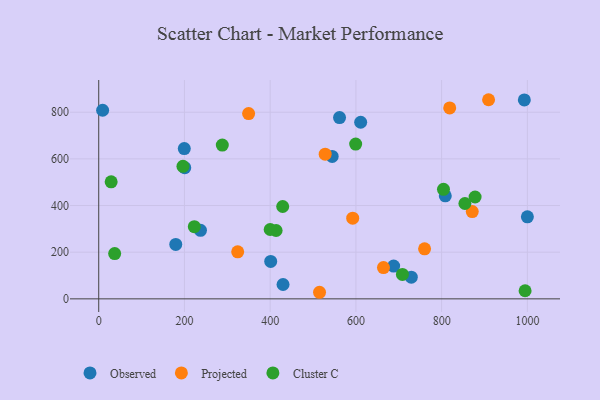
{"axis": {"x": "Engine Size", "y": "Profit"}, "legend": ["Cluster C", "Observed", "Projected"], "data": [{"x": "611.1", "y": 757.0, "type": "Observed"}, {"x": "992.9", "y": 852.9, "type": "Observed"}, {"x": "401.2", "y": 160.3, "type": "Observed"}, {"x": "179.7", "y": 233.4, "type": "Observed"}, {"x": "199.6", "y": 644.0, "type": "Observed"}, {"x": "808.5", "y": 441.7, "type": "Observed"}, {"x": "729.2", "y": 92.9, "type": "Observed"}, {"x": "544.6", "y": 610.4, "type": "Observed"}, {"x": "200.7", "y": 562.4, "type": "Observed"}, {"x": "688.0", "y": 140.5, "type": "Observed"}, {"x": "1000.0", "y": 351.8, "type": "Observed"}, {"x": "430.0", "y": 61.6, "type": "Observed"}, {"x": "9.1", "y": 808.4, "type": "Observed"}, {"x": "561.8", "y": 776.9, "type": "Observed"}, {"x": "237.4", "y": 293.7, "type": "Observed"}, {"x": "871.4", "y": 374.1, "type": "Projected"}, {"x": "528.3", "y": 620.1, "type": "Projected"}, {"x": "664.3", "y": 134.1, "type": "Projected"}, {"x": "324.2", "y": 201.7, "type": "Projected"}, {"x": "760.2", "y": 214.5, "type": "Projected"}, {"x": "818.8", "y": 818.3, "type": "Projected"}, {"x": "592.5", "y": 346.0, "type": "Projected"}, {"x": "909.5", "y": 853.6, "type": "Projected"}, {"x": "349.7", "y": 794.3, "type": "Projected"}, {"x": "515.1", "y": 28.2, "type": "Projected"}, {"x": "878.0", "y": 436.6, "type": "Cluster C"}, {"x": "37.2", "y": 194.0, "type": "Cluster C"}, {"x": "599.4", "y": 663.4, "type": "Cluster C"}, {"x": "288.3", "y": 659.2, "type": "Cluster C"}, {"x": "994.7", "y": 34.7, "type": "Cluster C"}, {"x": "29.0", "y": 501.8, "type": "Cluster C"}, {"x": "223.0", "y": 309.2, "type": "Cluster C"}, {"x": "804.3", "y": 469.6, "type": "Cluster C"}, {"x": "413.8", "y": 293.1, "type": "Cluster C"}, {"x": "708.5", "y": 104.8, "type": "Cluster C"}, {"x": "429.2", "y": 395.9, "type": "Cluster C"}, {"x": "854.3", "y": 408.8, "type": "Cluster C"}, {"x": "196.5", "y": 568.1, "type": "Cluster C"}, {"x": "400.0", "y": 297.4, "type": "Cluster C"}]}